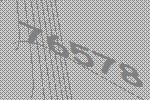
76578